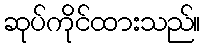
ဆုပ်ကိုင်ထားသည်။